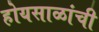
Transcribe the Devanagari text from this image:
होयसाळांची